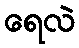
ရေလဲ